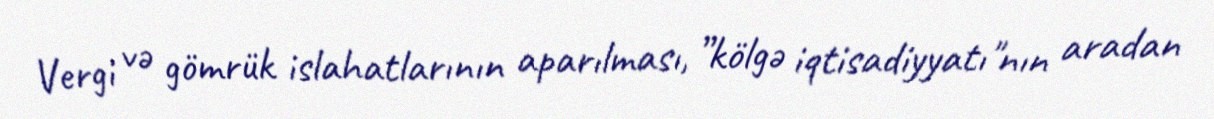
Vergi və gömrük islahatlarının aparılması, ”kölgə iqtisadiyyatı"nın aradan